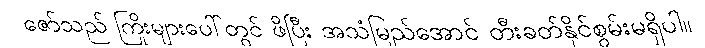
ဇော်သည် ကြိုးများပေါ်တွင် ဖိပြီး အသံမြည်အောင် တီးခတ်နိုင်စွမ်းမရှိပါ။